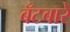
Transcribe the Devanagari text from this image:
बँटबारे